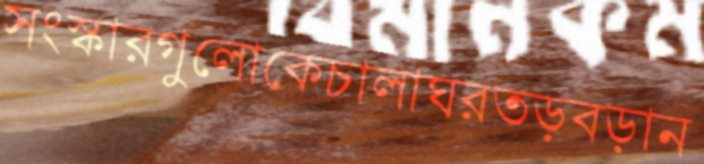
সংস্কারগুলোকেচালাঘরতড়বড়ান